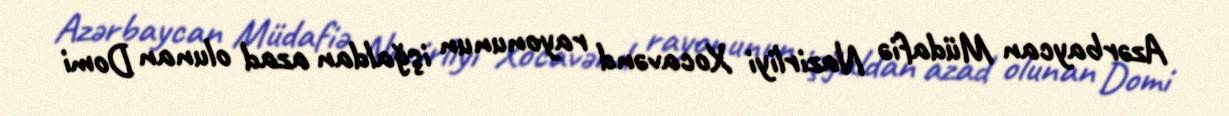
Azərbaycan Müdafiə Nazirliyi Xocavənd rayonunun işğaldan azad olunan Domi